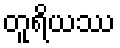
တူရိယဿ